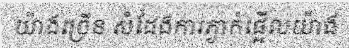
យ៉ាងច្រើន សំដែងការភ្ងាក់ផ្អើលយ៉ាង